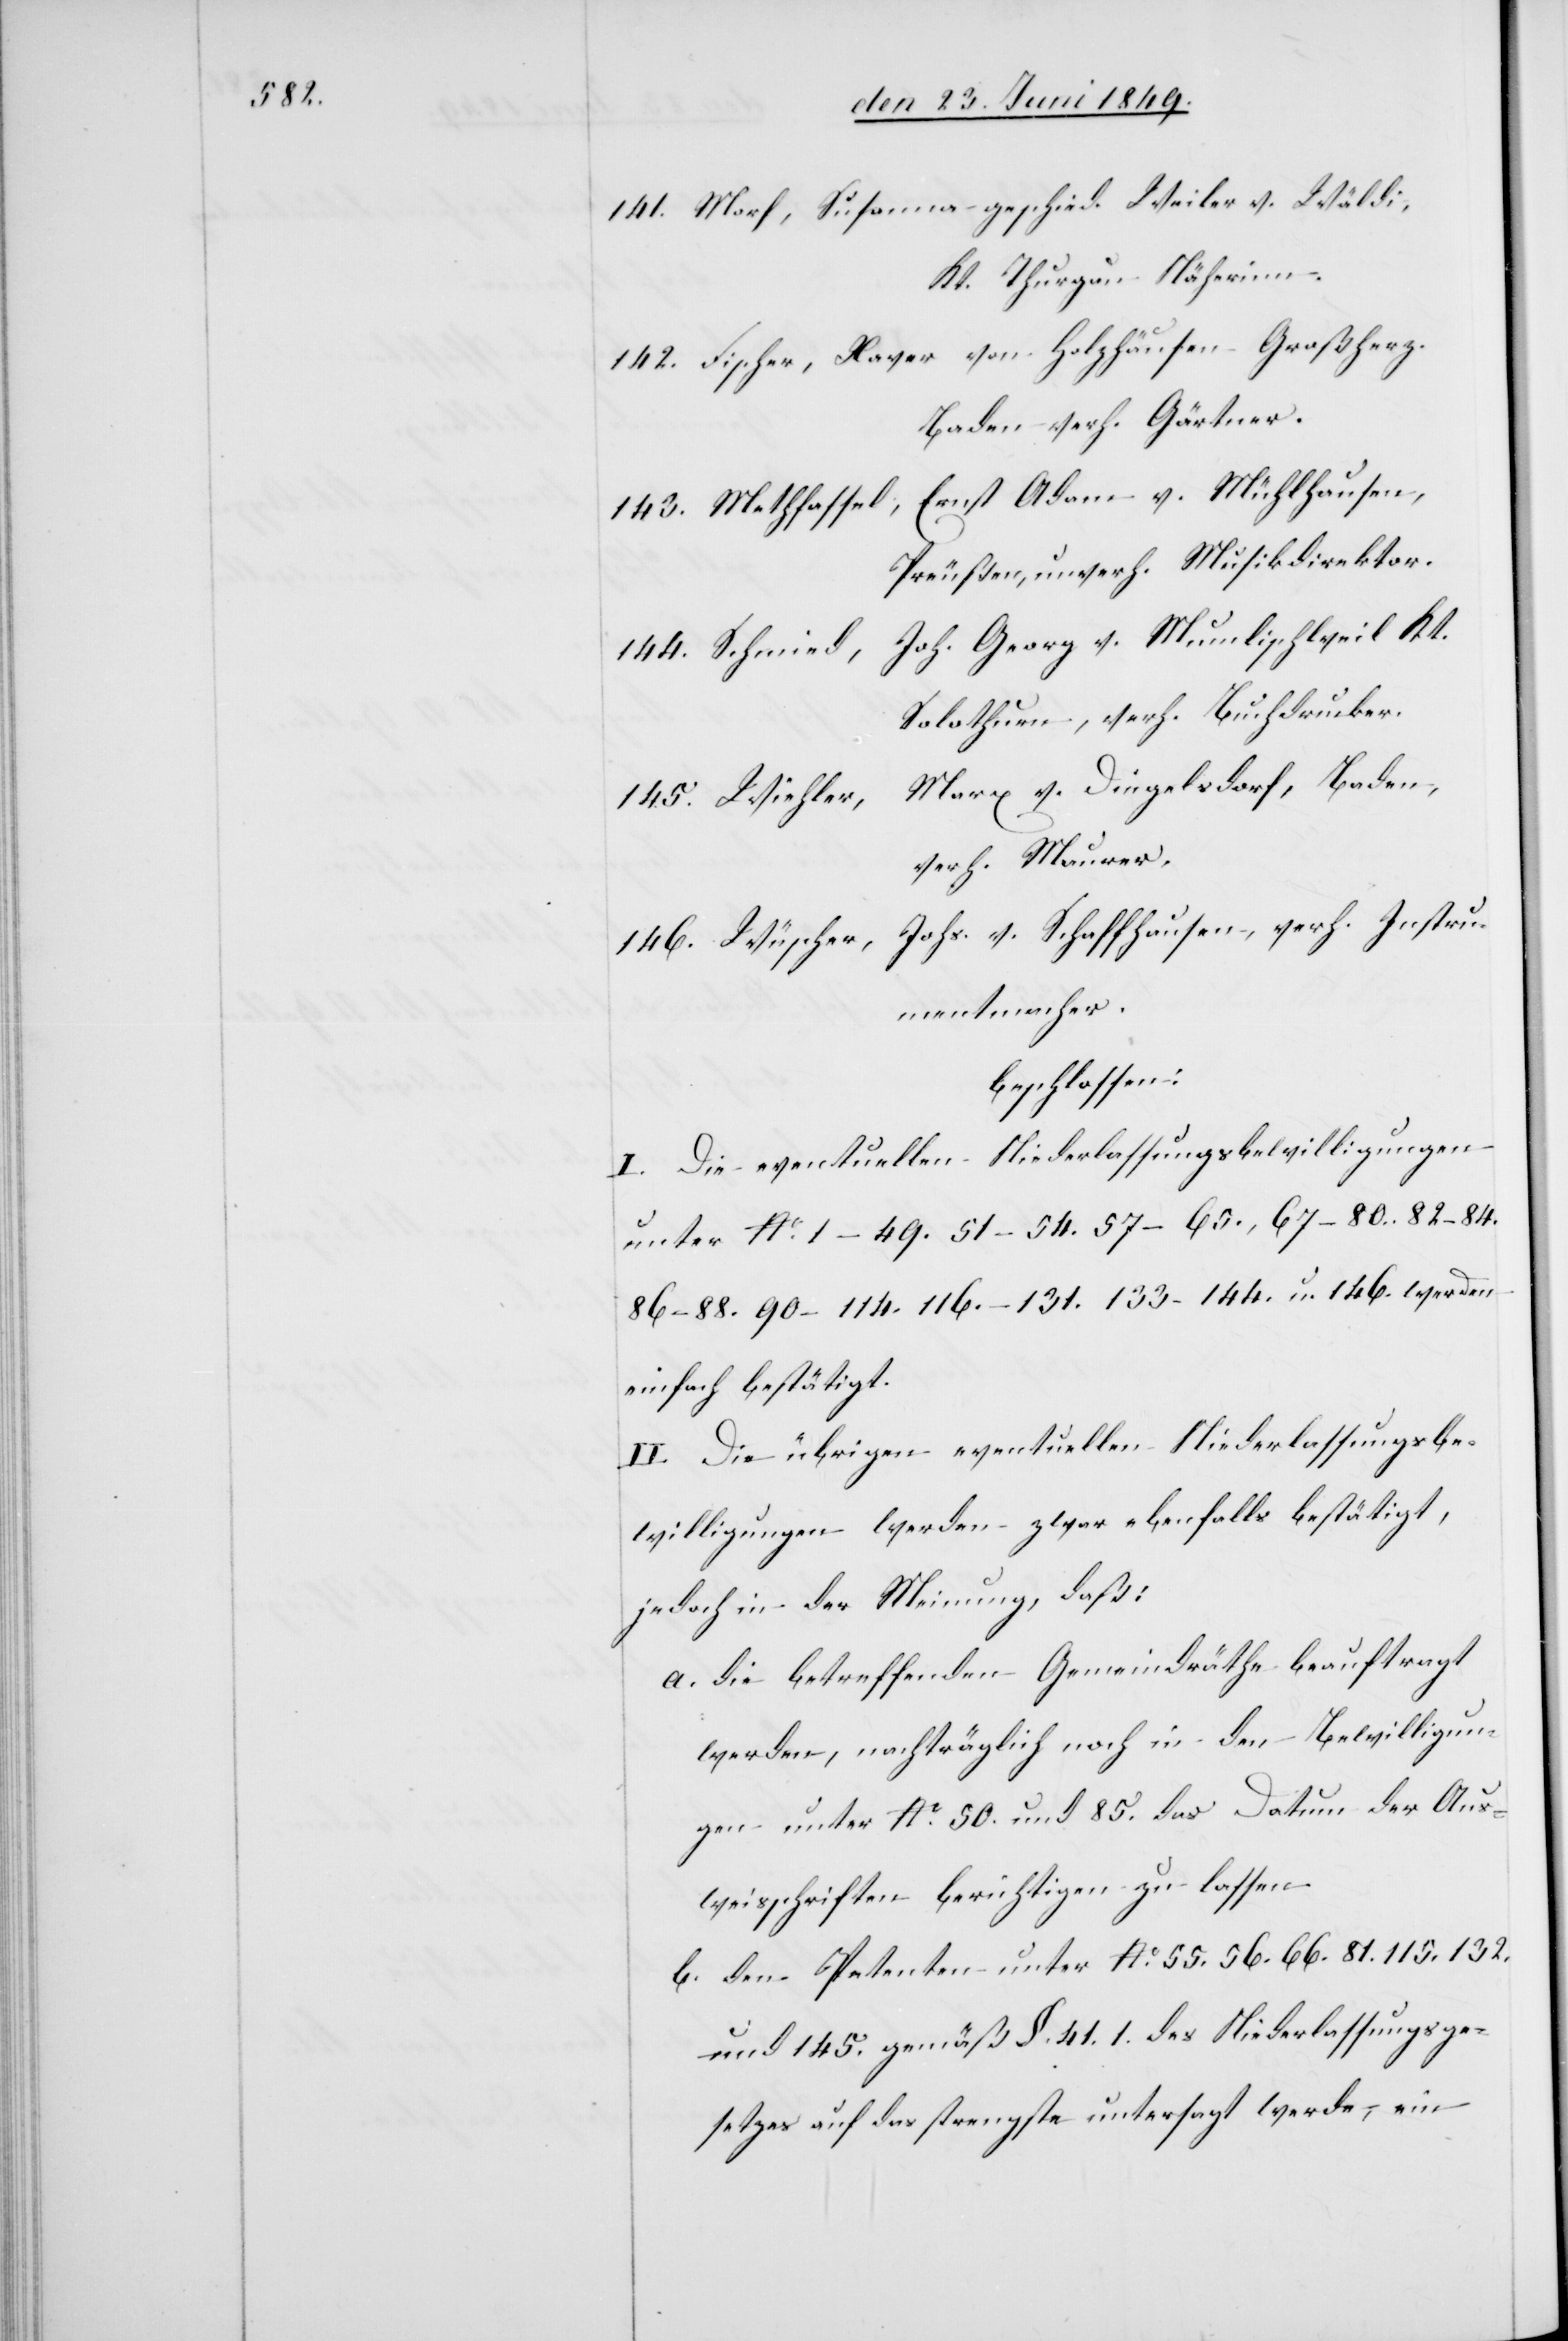
141. Morf, Susanna geschied. Weiler v. Wäldi,
Kt. Thurgau Näherinn.
142. Fischer, Xaver von Holzhäusen Großherz.
Baden verh. Gärtner.
143. Methfassel, Ernst Adam v. Mühlhausen,
Preußen, unverh. Musikdirektor.
144. Schmied, Joh. Georg v. Mumlischweil Kt.
Solothurn, verh. Buchdrucker.
Marx v. Dingelsdorf, Baden,
145. Wiehler,
verh. Maurer.
146. Wüscher, Johs. v. Schaffhausen, verh. Instru¬
mentmacher.
beschlossen:
I. Die eventuellen Niederlassungsbewilligungen
unter No 1–49. 51–54. 57–65., 67–80. 82–84.
86–88. 90–114. 116.–131. 133–144. u. 146. werden
einfach bestätigt.
II. Die übrigen eventuellen Niederlassungsbe¬
willigungen werden zwar ebenfalls bestätigt,
jedoch in der Meinung, daß:
a. die betreffenden Gemeindräthe beauftragt
werden, nachträglich noch in den Bewilligun¬
gen unter No 50. und 85. das Datum der Aus¬
weisschriften berichtigen zu lassen.
b. den Petenten unter No 55. 56. 66. 81. 115. 132.
und 145. gemäß §. 41. 1. des Niederlassungsge¬
setzes auf das strengste untersagt werde, ein